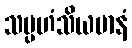
သမ္ပဟံသိယမာနံ